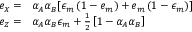
\begin{array} { r l } { e _ { X } = } & { { } \alpha _ { A } \alpha _ { B } [ \epsilon _ { m } \left( 1 - e _ { m } \right) + e _ { m } \left( 1 - \epsilon _ { m } \right) ] } \\ { e _ { Z } = } & { { } \alpha _ { A } \alpha _ { B } \epsilon _ { m } + \frac { 1 } { 2 } \left[ 1 - \alpha _ { A } \alpha _ { B } \right] } \end{array}